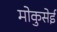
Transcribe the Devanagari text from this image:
मोकुसेई